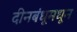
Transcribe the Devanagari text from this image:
दीनबंधूमधून